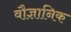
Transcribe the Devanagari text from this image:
वौज्ञानिक